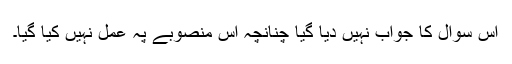
اس سوال کا جواب نہیں دیا گیا چنانچہ اس منصوبے پہ عمل نہیں کیا گیا۔